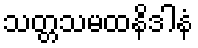
သတ္တသမထနိဒါနံ